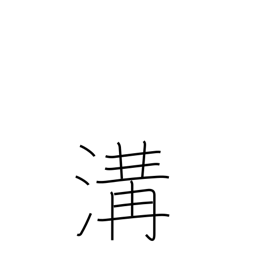
Meaning: sewer